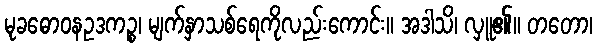
မုခဓောဝနဥဒကဉ္စ၊ မျက်နှာသစ်ရေကိုလည်းကောင်း။ အဒါသိ၊ လှူ၏။ တတော၊